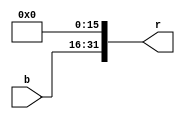
module lui_32bits
(
	b, 
	r
);
	input [15:0]b;
	output [31:0]r;

	assign r = {b[15:0], 16'b0};
endmodule

module slt_32bits
(
	a, 
	b, 
	aluc, 
	r, 
	is_equal, 
	is_smaller
);
	input [31:0]a;
	input [31:0]b;
	input aluc;
	output [31:0]r;
	output is_equal;
	output is_smaller;
	
	wire [32:0]ar = {1'b0, a};
	wire [32:0]br = {1'b0, b};

	reg [2:0]compared_result;
	always @(ar or br) begin
		if(ar > br) begin
			compared_result = 3'b100;
		end 
		else if(ar == br) begin
			compared_result = 3'b010;
		end 
		else begin
			compared_result = 3'b001;
		end
	end 

	reg r_low = 1'b0;
	always @(*) begin
		if(aluc == 1'b1) begin
			case({a[31], b[31]})
				2'b00: begin
					r_low = compared_result[0];
				end
				2'b01: begin
					r_low = 1'b0;
				end
				2'b10: begin
					r_low = 1'b1;
				end
				2'b11: begin
					r_low = compared_result[0];
				end
			endcase
		end 
		else begin
			r_low = compared_result[0];
		end
	end

	assign r[31:1] = 0;
	assign r[0] = r_low;

	assign is_equal = compared_result[1];
	assign is_smaller = compared_result[0];
endmodule

module LuiSlt
(
	a, 
	b, 
	aluc, 
	r, 
	is_equal, 
	is_smaller
);
	input [31:0]a;
	input [31:0]b;
	input [1:0]aluc;
	output reg [31:0]r;
	output is_equal;
	output is_smaller;

	wire [31:0]r_lui;
	wire [31:0]r_slt;
	lui_32bits lui(b[15:0], r_lui);
	slt_32bits slt(a, b, aluc[0], r_slt, is_equal, is_smaller);

	always @(aluc or r_lui or r_slt) begin
		if(aluc[1]) begin
			r = r_slt;
		end 
		else begin
			r = r_lui;
		end
	end
endmodule